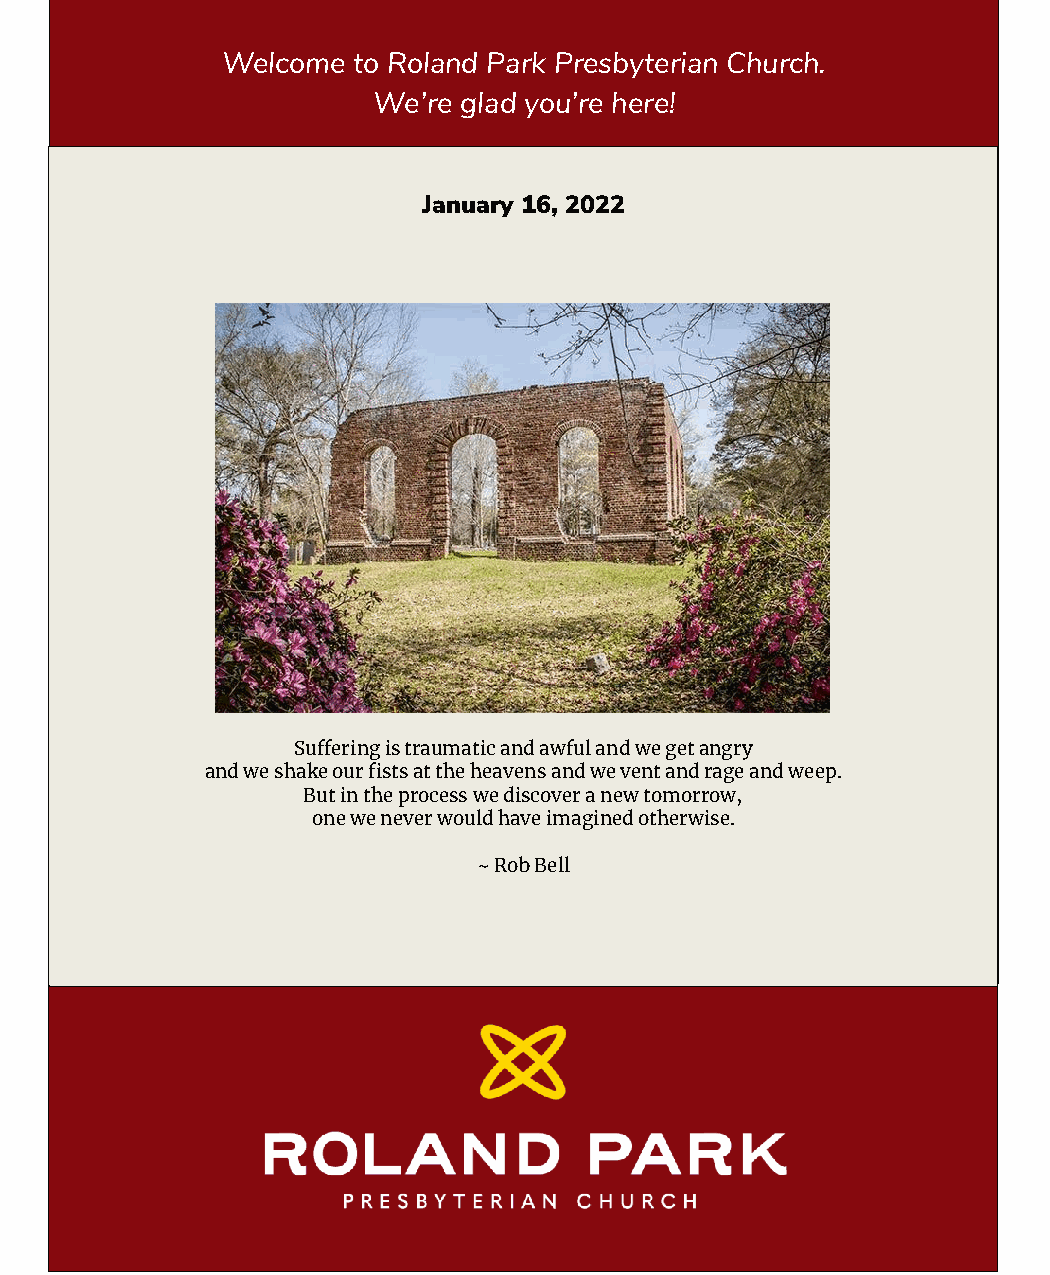
Welcome to Roland Park Presbyterian Church.
 We’re glad you’re here!
 January 1 6, 2022
 July 11 , 2021
 “We should always endeavor to wonder at the permanent thing, not at the mere
 Liturgy and worship were never meant to be confined to the cathedrals and
 sanctuaries. Liturgy at its best can be performed like a circus or theater - making
 the Gospel visible as a witness to the world around us.exception. We should be
 startled by the sun, and not by the eclipse. We should wonder less at the
 earthquake, and wonder more at the earth.”
 ― G.K. Chesterton
 I was moved, for the most part without any inkling of it, closer and closer to a feeling
 for that mystery out of which the church arose in the first place until, finally, the mystery itself
 Suffering is traumatic and awful and we get angry
 came to have a face for me, and the face it came to have for me was the face of Chri
 and we shake our fists at the heaven s and we vent and rage and weep.
 But in the process we dis cover a new tomorrow,
 one we never would have imagined otherwise.
 ~ Rob Bell